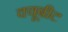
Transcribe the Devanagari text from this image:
क्यूबीट